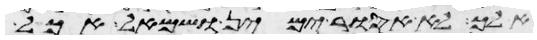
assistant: אלך לא אסור ימין ושמאל אכל